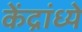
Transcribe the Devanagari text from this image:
केंद्रांध्ये